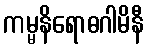
ကမ္မနိရောဓဂါမိနီ